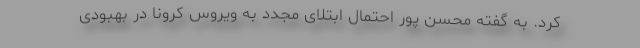
کرد. به گفته محسن پور احتمال ابتلای مجدد به ویروس کرونا در بهبودی